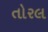
તોરલ